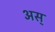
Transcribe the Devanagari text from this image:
अस्‌